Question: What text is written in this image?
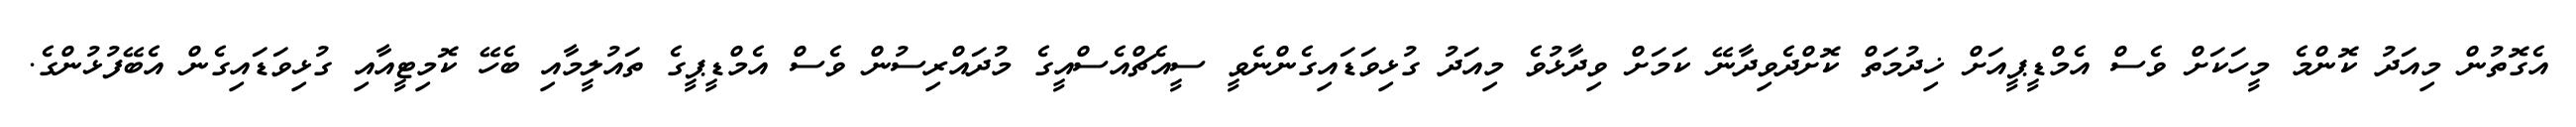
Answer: އެގޮތުން މިއަދު ކޮންމެ މީހަކަށް ވެސް އެމްޑީޕީއަށް ޚިދުމަތް ކޮށްދެވިދާނޭ ކަމަށް ވިދާޅުވެ މިއަދު ގުޅިވަޑައިގެންނެވީ ސީއެޗްއެސްއީގެ މުދައްރިސުން ވެސް އެމްޑީޕީގެ ތައުލީމާއި ބެހޭ ކޮމިޓީއާއި ގުޅިވަޑައިގެން އެބޭފުޅުންގެ.